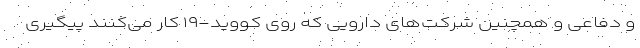
و دفاعی و همچنین شرکت‌های دارویی که روی کووید-۱۹ کار می‌کنند پیگیری